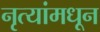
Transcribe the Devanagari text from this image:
नृत्यांमधून